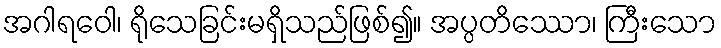
အဂါရဝေါ၊ ရိုသေခြင်းမရှိသည်ဖြစ်၍။ အပ္ပတိဿော၊ ကြီးသော